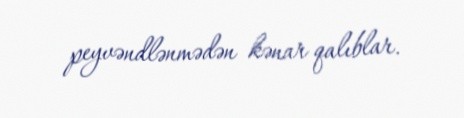
peyvəndlənmədən kənar qalıblar.